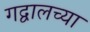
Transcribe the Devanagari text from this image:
गद्वालच्या